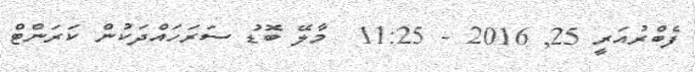
ފެބްރުއަރީ 25